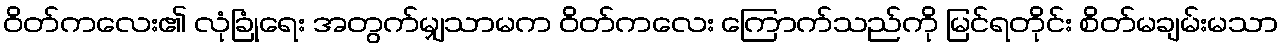
ဝိတ်ကလေး၏ လုံခြုံရေး အတွက်မျှသာမက ဝိတ်ကလေး ကြောက်သည်ကို မြင်ရတိုင်း စိတ်မချမ်းမသာ